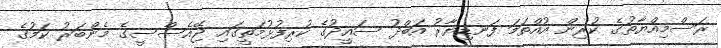
ރަސްމިއްޔާތުގެ ކުރިން އުއްތަމަ ފަނޑިޔާރު އަބްދު ސައީދުގެ ކުރިފުޅުމަތީގައި ޖޭއެސްސީގެ މެންބަރު ކަމުގެ